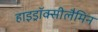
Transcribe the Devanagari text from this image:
हाइड्रॉक्सीलैमिन